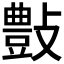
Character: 𣀂